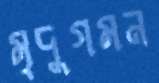
মৃদুগমন